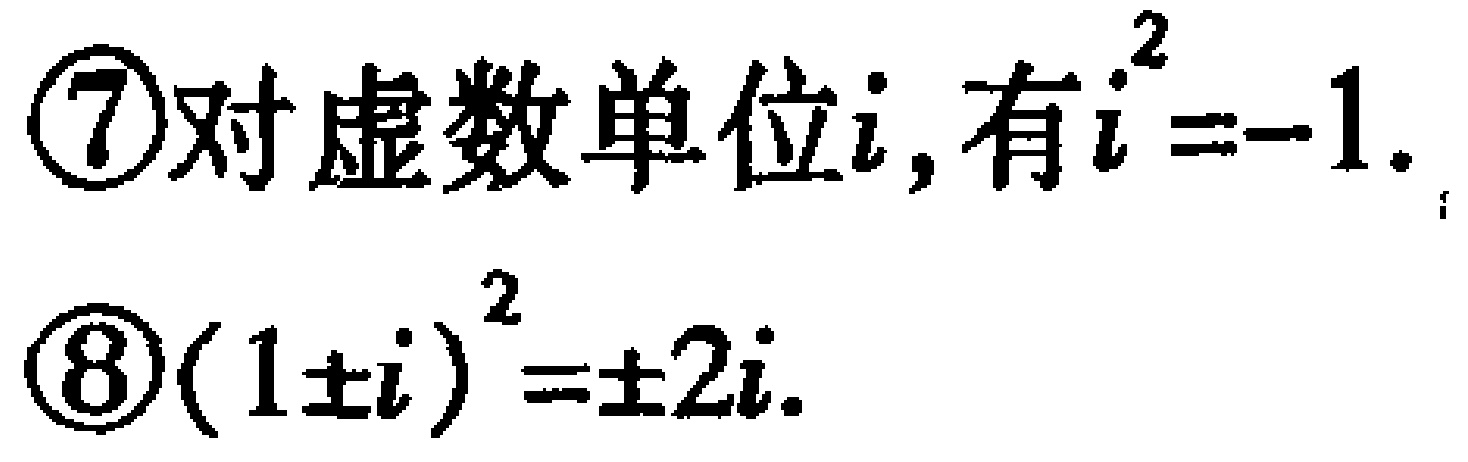
\begin{enumerate}
\item 对虚数单位$i$, 有$i^{2}=-1$.
\item $(1\pm i)^{2}=\pm 2i$.
\end{enumerate}